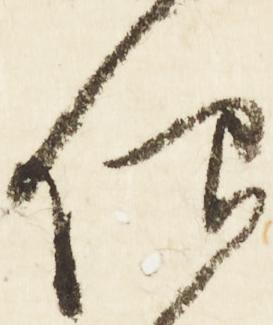
仰